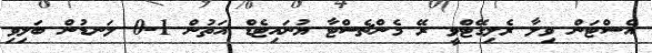
އެސްޓަން ވިލާ ރެލިގޭޓްވީ ރޭ މެންޗެސްޓާ ޔުނައިޓެޑް އަތުން 1-0 ލަނޑުން ބަލިވި